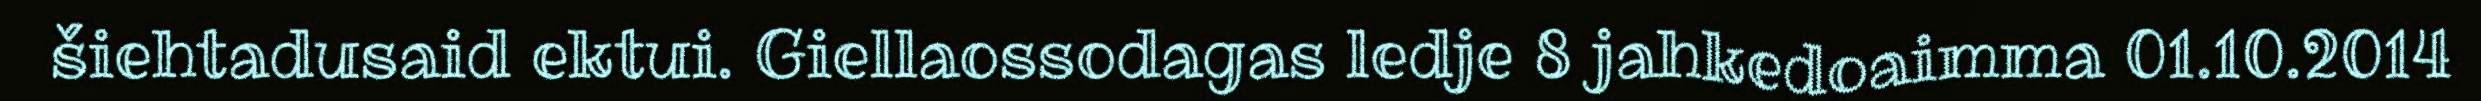
šiehtadusaid ektui. Giellaossodagas ledje 8 jahkedoaimma 01.10.2014